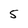
Character: 5